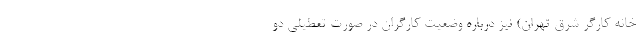
خانه کارگر شرق تهران) نیز درباره وضعیت کارگران در صورتِ تعطیلی دو